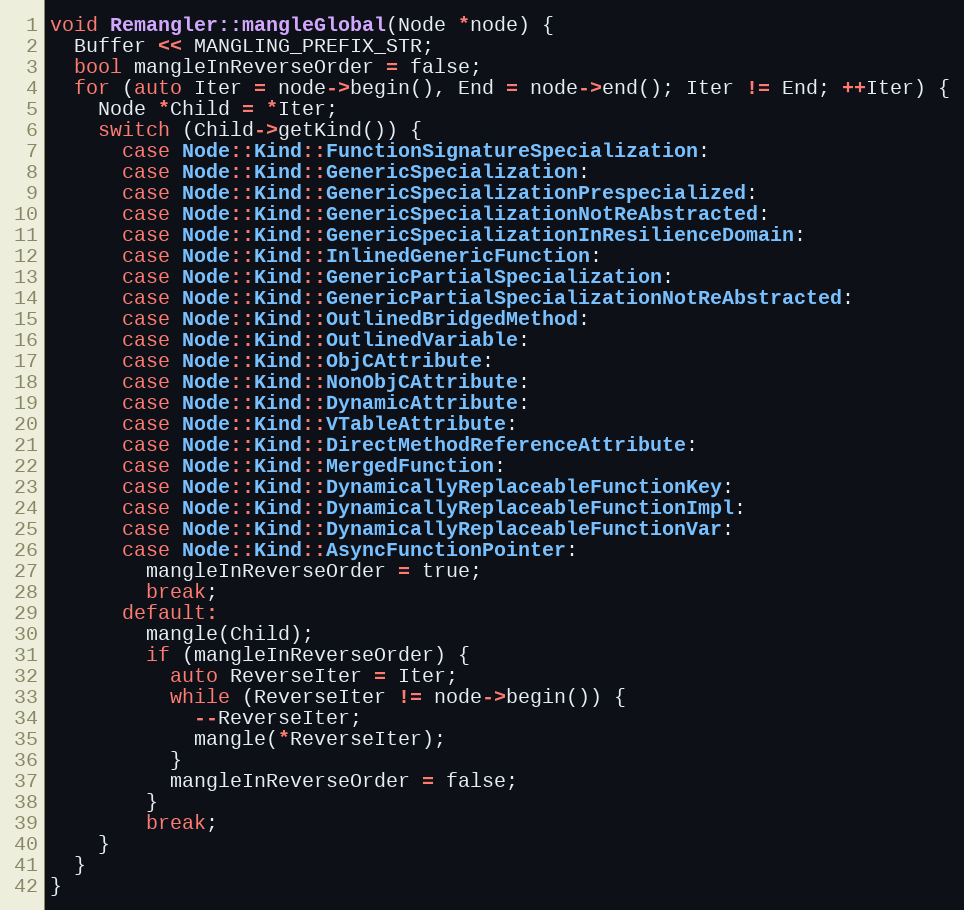
Language: C++
void Remangler::mangleGlobal(Node *node) {
  Buffer << MANGLING_PREFIX_STR;
  bool mangleInReverseOrder = false;
  for (auto Iter = node->begin(), End = node->end(); Iter != End; ++Iter) {
    Node *Child = *Iter;
    switch (Child->getKind()) {
      case Node::Kind::FunctionSignatureSpecialization:
      case Node::Kind::GenericSpecialization:
      case Node::Kind::GenericSpecializationPrespecialized:
      case Node::Kind::GenericSpecializationNotReAbstracted:
      case Node::Kind::GenericSpecializationInResilienceDomain:
      case Node::Kind::InlinedGenericFunction:
      case Node::Kind::GenericPartialSpecialization:
      case Node::Kind::GenericPartialSpecializationNotReAbstracted:
      case Node::Kind::OutlinedBridgedMethod:
      case Node::Kind::OutlinedVariable:
      case Node::Kind::ObjCAttribute:
      case Node::Kind::NonObjCAttribute:
      case Node::Kind::DynamicAttribute:
      case Node::Kind::VTableAttribute:
      case Node::Kind::DirectMethodReferenceAttribute:
      case Node::Kind::MergedFunction:
      case Node::Kind::DynamicallyReplaceableFunctionKey:
      case Node::Kind::DynamicallyReplaceableFunctionImpl:
      case Node::Kind::DynamicallyReplaceableFunctionVar:
      case Node::Kind::AsyncFunctionPointer:
        mangleInReverseOrder = true;
        break;
      default:
        mangle(Child);
        if (mangleInReverseOrder) {
          auto ReverseIter = Iter;
          while (ReverseIter != node->begin()) {
            --ReverseIter;
            mangle(*ReverseIter);
          }
          mangleInReverseOrder = false;
        }
        break;
    }
  }
}